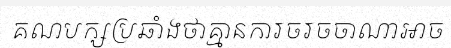
គណបក្សប្រឆាំងថាគ្មានការចរចចាណាអាច